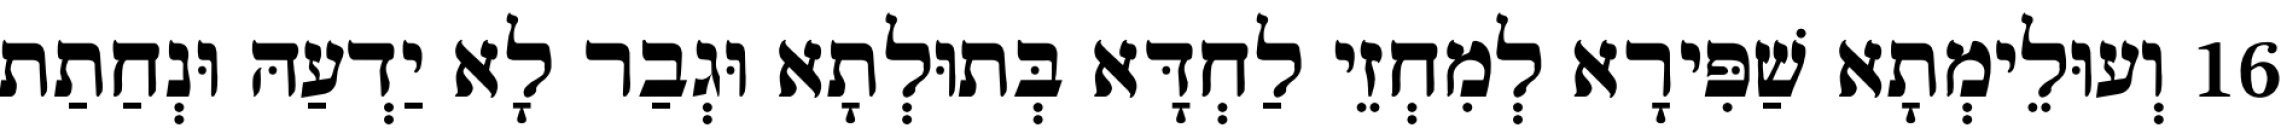
16 וְעוּלֵימְתָא שַׁפִּירָא לְמִחְזֵי לַחְדָּא בְּתוּלְתָא וּגְבַר לָא יַדְעַהּ וּנְחַתַת